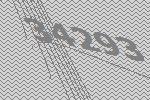
34293